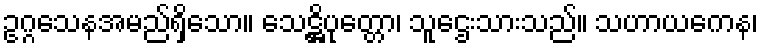
ဥဂ္ဂသေနအမည်ရှိသော။ သေဋ္ဌိပုတ္တော၊ သူဌေးသားသည်။ သဟာယကေန၊